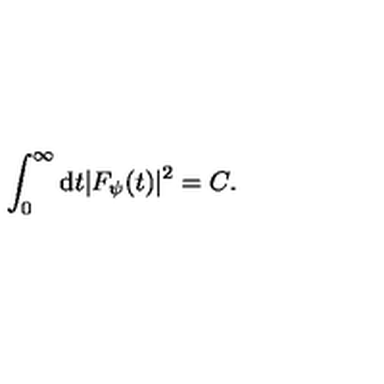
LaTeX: \int _ { 0 } ^ { \infty } \mathrm { d } t | F _ { \psi } ( t ) | ^ { 2 } = C .